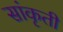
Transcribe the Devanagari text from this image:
सांकृती